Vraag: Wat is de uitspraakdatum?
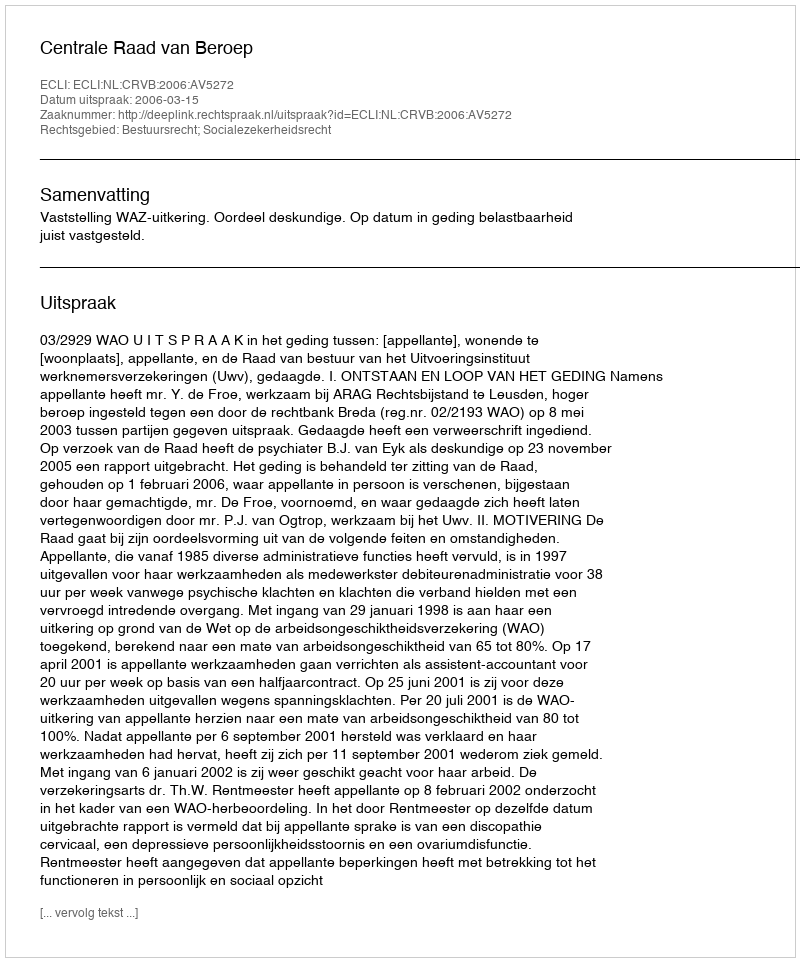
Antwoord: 2006-03-15